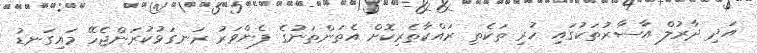
އަދި ދާރުލް އާސާރުތަކުގައި ހުރި ތަކެތި ރައްކާތެރިކޮށް އެތަންތަނުގެ ފެންވަރު ރަނގަޅުކުރަންޖެހޭ މައިގަނޑު